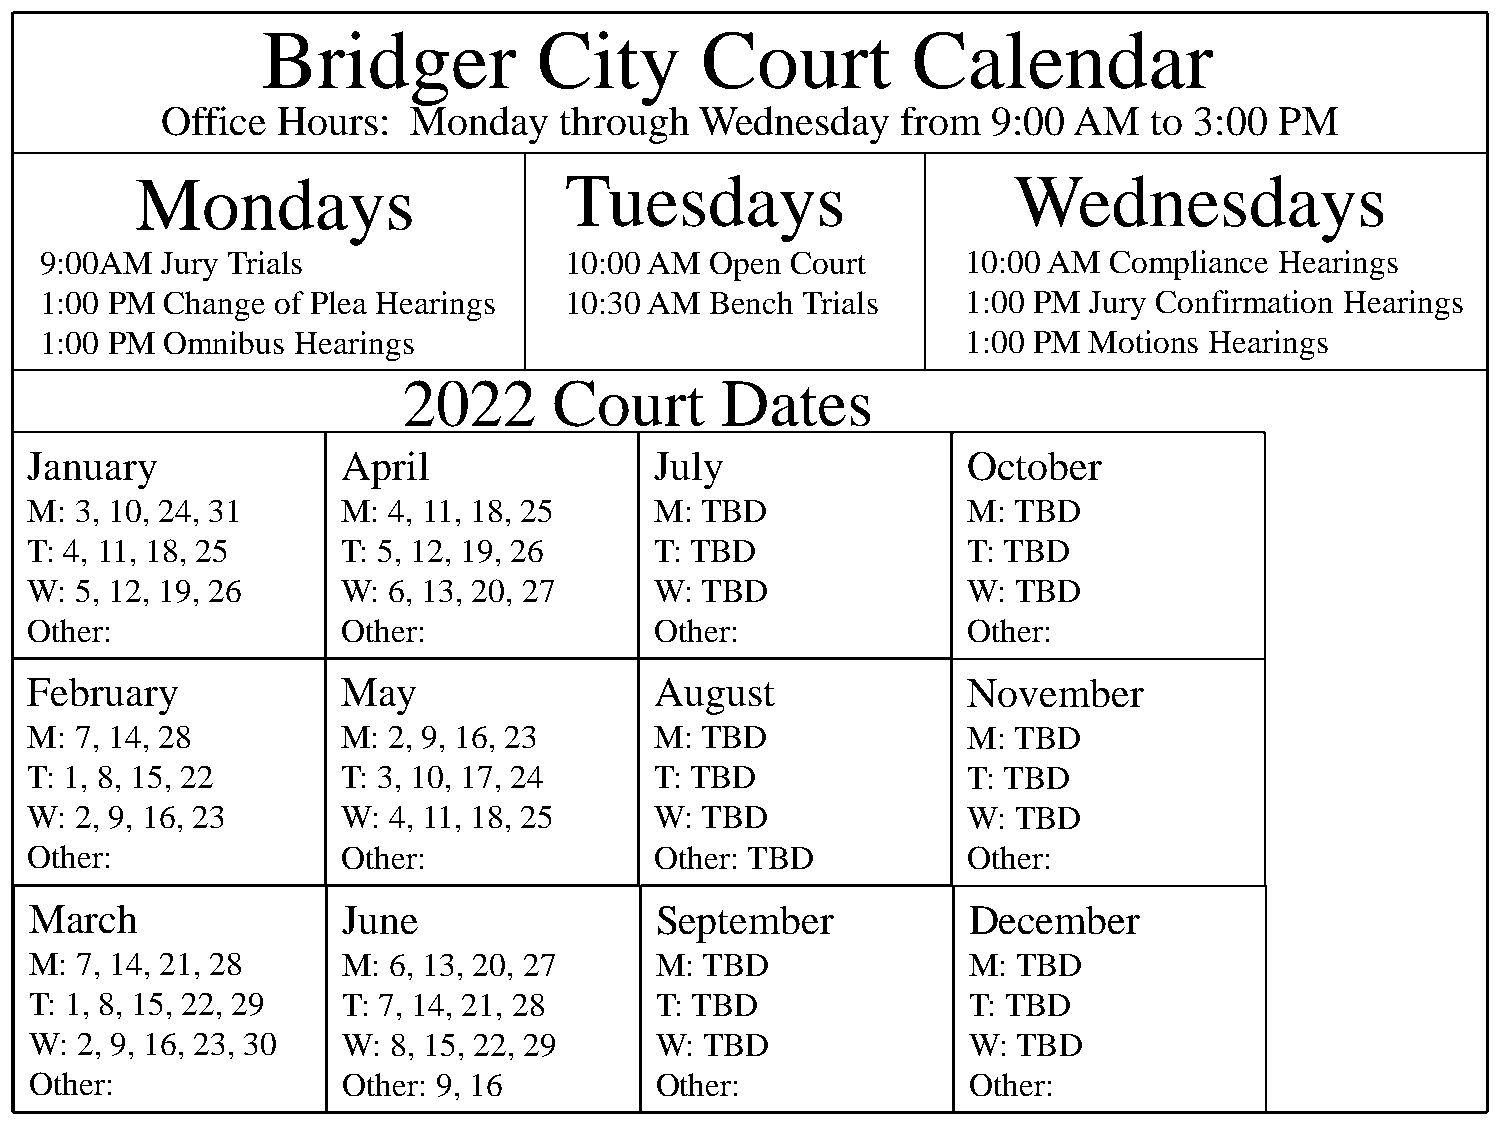
Bridger            City      Court         Calendar
 Office Hours:   Monday    through  Wednesday     from  9:00 AM   to 3:00  PM
 Mondays                     Tuesdays                      Wednesdays
 9:00AM  Jury Trials               10:00 AM  Open Court       10:00 AM Compliance  Hearings
 1:00 PM Change of Plea Hearings   10:30 AM  Bench Trials     1:00 PM Jury Confirmation Hearings
 1:00 PM Omnibus  Hearings                                    1:00 PM Motions Hearings
 2022      Court      Dates
 January              April               July                 October
 M: 3, 10, 24, 31     M: 4, 11, 18, 25    M: TBD               M: TBD
 T: 4, 11, 18, 25     T: 5, 12, 19, 26    T: TBD               T: TBD
 W: 5, 12, 19, 26     W: 6, 13, 20, 27    W: TBD               W: TBD
 Other:               Other:              Other:               Other:
 February             May                 August               November
 M: 7, 14, 28         M: 2, 9, 16, 23     M: TBD               M: TBD
 T: 1, 8, 15, 22      T: 3, 10, 17, 24    T: TBD               T: TBD
 W: 2, 9, 16, 23      W: 4, 11, 18, 25    W: TBD               W: TBD
 Other:               Other:              Other: TBD           Other:
 March                June                September            December
 M: 7, 14, 21, 28     M: 6, 13, 20, 27    M: TBD               M: TBD
 T: 1, 8, 15, 22, 29  T: 7, 14, 21, 28    T: TBD               T: TBD
 W: 2, 9, 16, 23, 30  W: 8, 15, 22, 29    W:  TBD              W: TBD
 Other:               Other: 9, 16        Other:               Other: